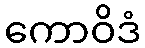
ကောဝိဒံ